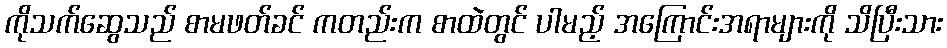
ကိုသက်ဆွေသည် စာမဖတ်ခင် ကတည်းက စာထဲတွင် ပါမည့် အကြောင်းအရာများကို သိပြီးသား